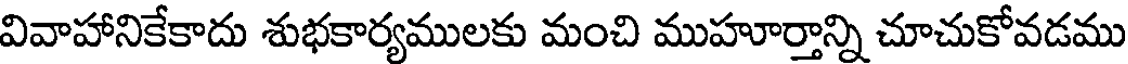
వివాహానికేకాదు శుభకార్యములకు మంచి ముహూర్తాన్ని చూచుకోవడము